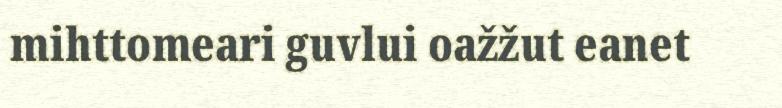
mihttomeari guvlui oažžut eanet